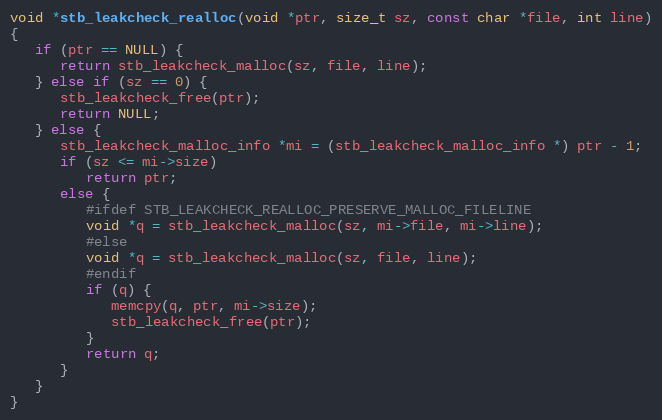
Language: C
void *stb_leakcheck_realloc(void *ptr, size_t sz, const char *file, int line)
{
   if (ptr == NULL) {
      return stb_leakcheck_malloc(sz, file, line);
   } else if (sz == 0) {
      stb_leakcheck_free(ptr);
      return NULL;
   } else {
      stb_leakcheck_malloc_info *mi = (stb_leakcheck_malloc_info *) ptr - 1;
      if (sz <= mi->size)
         return ptr;
      else {
         #ifdef STB_LEAKCHECK_REALLOC_PRESERVE_MALLOC_FILELINE
         void *q = stb_leakcheck_malloc(sz, mi->file, mi->line);
         #else
         void *q = stb_leakcheck_malloc(sz, file, line);
         #endif
         if (q) {
            memcpy(q, ptr, mi->size);
            stb_leakcheck_free(ptr);
         }
         return q;
      }
   }
}